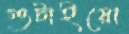
গুটাইয়ো